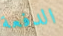
الدفعة